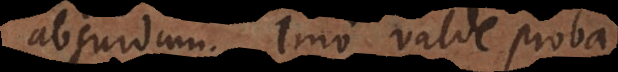
absurdum. Imo valde proba